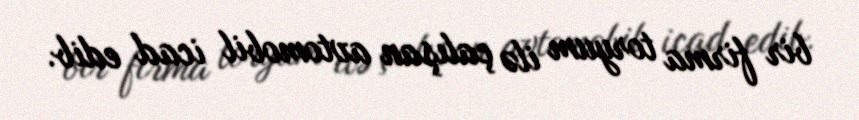
bir firma toryum ilə çalışan avtomobil icad edib.